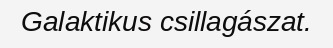
Galaktikus csillagászat.